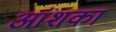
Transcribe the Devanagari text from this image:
आंशकां